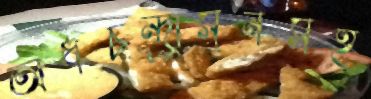
অর্ধচন্দ্রাসনসহ